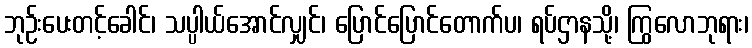
ဘုဉ်းပေးတင့်ခေါင်၊ သပ္ပါယ်အောင်လျှင်၊ ပြောင်ပြောင်တောက်ပ၊ ရပ်ဌာနသို့၊ ကြွလောဘုရား၊